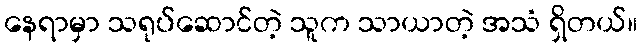
နေရာမှာ သရုပ်ဆောင်တဲ့ သူက သာယာတဲ့ အသံ ရှိတယ်။